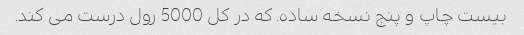
بیست چاپ و پنج نسخه ساده. که در کل 5000 رول درست می کند.